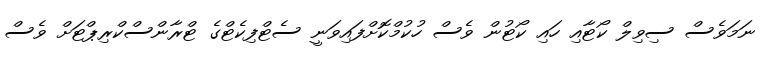
ނަމަވެސް ސިވިލް ކޯޓާއި ހައި ކޯޓުން ވެސް ހުކުމްކޮށްފައިވަނީ ސެޓްފިކެޓްގެ ޓްރާންސްކްރިޕްޓަށް ވެސް